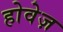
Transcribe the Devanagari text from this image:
होवेज़